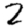
Digit: 2